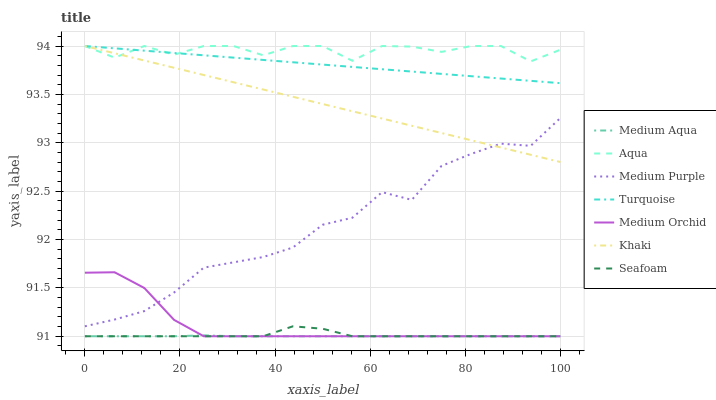
| xaxis_label | Medium Aqua | Aqua | Medium Purple | Turquoise | Medium Orchid | Khaki | Seafoam |
 | --- | --- | --- | --- | --- | --- | --- | --- |
 | 0 | 91 | 94 | 91.1 | 94 | 91.7 | 94 | 91 |
 | 6.25 | 91 | 93.9 | 91.2 | 94 | 91.7 | 93.9 | 91 |
 | 12.5 | 91 | 94 | 91.3 | 94 | 91.5 | 93.9 | 91 |
 | 18.8 | 91 | 93.9 | 91.5 | 93.9 | 91.2 | 93.8 | 91 |
 | 25 | 91 | 94 | 91.7 | 93.9 | 91 | 93.7 | 91 |
 | 31.2 | 91 | 94 | 91.8 | 93.9 | 91 | 93.6 | 91 |
 | 37.5 | 91 | 93.9 | 91.8 | 93.9 | 91 | 93.6 | 91 |
 | 43.8 | 91 | 94 | 91.9 | 93.8 | 91 | 93.5 | 91.1 |
 | 50 | 91 | 94 | 92.2 | 93.8 | 91 | 93.4 | 91.1 |
 | 56.2 | 91 | 93.8 | 92.2 | 93.8 | 91 | 93.3 | 91 |
 | 62.5 | 91 | 94 | 92.5 | 93.8 | 91 | 93.3 | 91 |
 | 68.8 | 91 | 94 | 92.4 | 93.7 | 91 | 93.2 | 91 |
 | 75 | 91 | 93.9 | 92.8 | 93.7 | 91 | 93.1 | 91 |
 | 81.2 | 91 | 94 | 92.9 | 93.7 | 91 | 93 | 91 |
 | 87.5 | 91 | 94 | 93 | 93.7 | 91 | 93 | 91 |
 | 93.8 | 91 | 93.8 | 93 | 93.6 | 91 | 92.9 | 91 |
 | 100 | 91 | 94 | 93.3 | 93.6 | 91 | 92.8 | 91 |